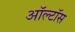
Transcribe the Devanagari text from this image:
ऑल्टॉस